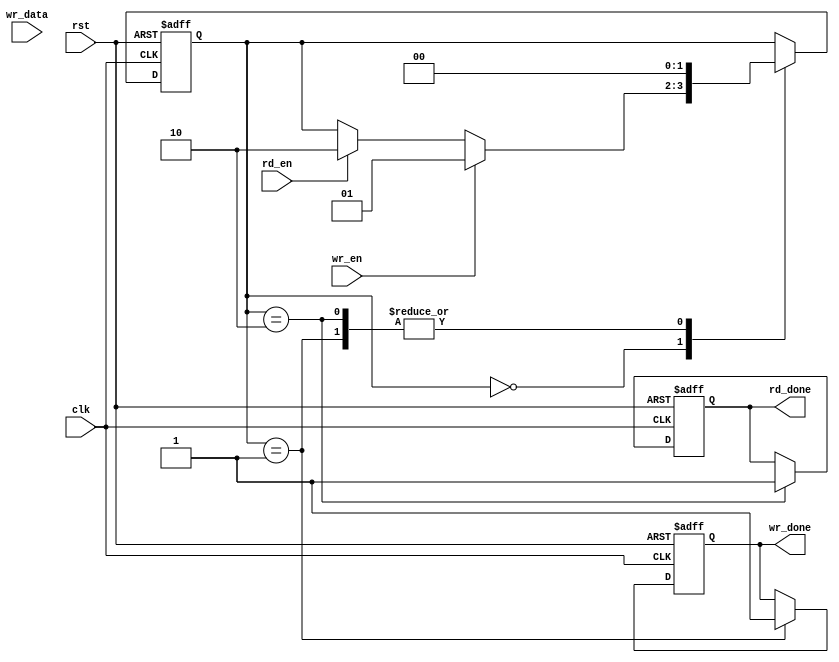
module fifo_timing_control(
    input wire clk,
    input wire rst,
    input wire wr_en,
    input wire rd_en,
    input wire wr_data,
    output reg wr_done,
    output reg rd_done
);

reg [1:0] state;

// State machine for controlling timing of FIFO buffer
always @ (posedge clk or posedge rst) begin
    if (rst) begin
        state <= 2'b0;
        wr_done <= 0;
        rd_done <= 0;
    end else begin
        case(state)
            2'b00: begin // Idle state
                if(wr_en) begin
                    state <= 2'b01; // Move to write state
                end else if(rd_en) begin
                    state <= 2'b10; // Move to read state
                end
            end
            
            2'b01: begin // Write state
                wr_done <= 1;
                state <= 2'b00; // Move back to idle state
            end
            
            2'b10: begin // Read state
                rd_done <= 1;
                state <= 2'b00; // Move back to idle state
            end
        endcase
    end
end

endmodule